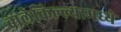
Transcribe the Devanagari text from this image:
बालेकिल्ल्यामध्ये